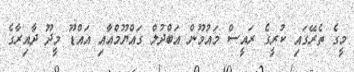
މީގެ ތެރޭގައި ކުރީގެ ރައީސް މައުމޫން އަބްދުލް ގައްޔޫމްއާއި އައްޑޫ މީދޫ ދާއިރާގެ